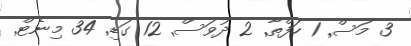
3 މަސް